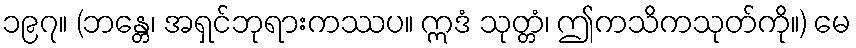
၁၉၇။ (ဘန္တေ၊ အရှင်ဘုရားကဿပ။ ဣဒံ သုတ္တံ၊ ဤကသိကသုတ်ကို။) မေ